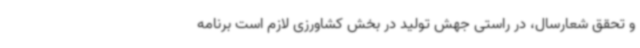
و تحقق شعارسال، در راستی جهش تولید در بخش کشاورزی لازم است برنامه